Document type: Inventory
Year: 1295
Scribe: Pere Marc
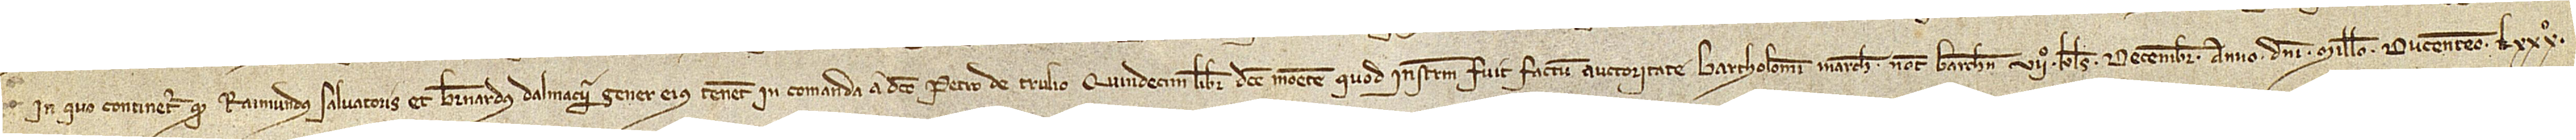
in quo continetur quod Raimundus Salvatoris et Bernardus Dalmacii, gener eius, tenent in comanda a dicto Petro de Trulio quindecim libras dicte monete, quod instrumentum fuit factum auctoritate Bartholomei Marche, notarii Barchinone, VIIº kalendas decembris, anno Domini millesimo ducentesimo LXXXº